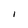
Character: I